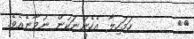
١٧       ހަމަހިލާ އެހެންނަކުން ނުވާނެއެވެ.